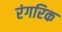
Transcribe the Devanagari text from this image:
रंगरिक